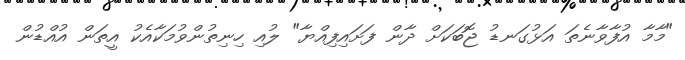
"މާމާ އުފާވާނެތަ އަޅުގަނޑު ޖޮބަކަށް ދާން ފަށައިފިއްޔާ" ލުއި ހިނިތުންވުމަކާއެކު އީތަން އުއްޑުން